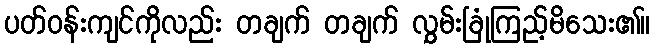
ပတ်ဝန်းကျင်ကိုလည်း တချက် တချက် လွှမ်းခြုံကြည့်မိသေး၏။